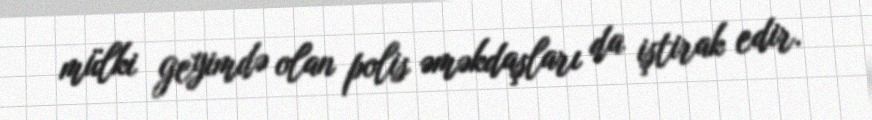
mülki geyimdə olan polis əməkdaşları da iştirak edir.